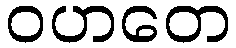
ဝဟတေ